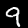
Digit: 9